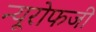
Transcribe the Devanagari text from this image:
न्यूरोफजी